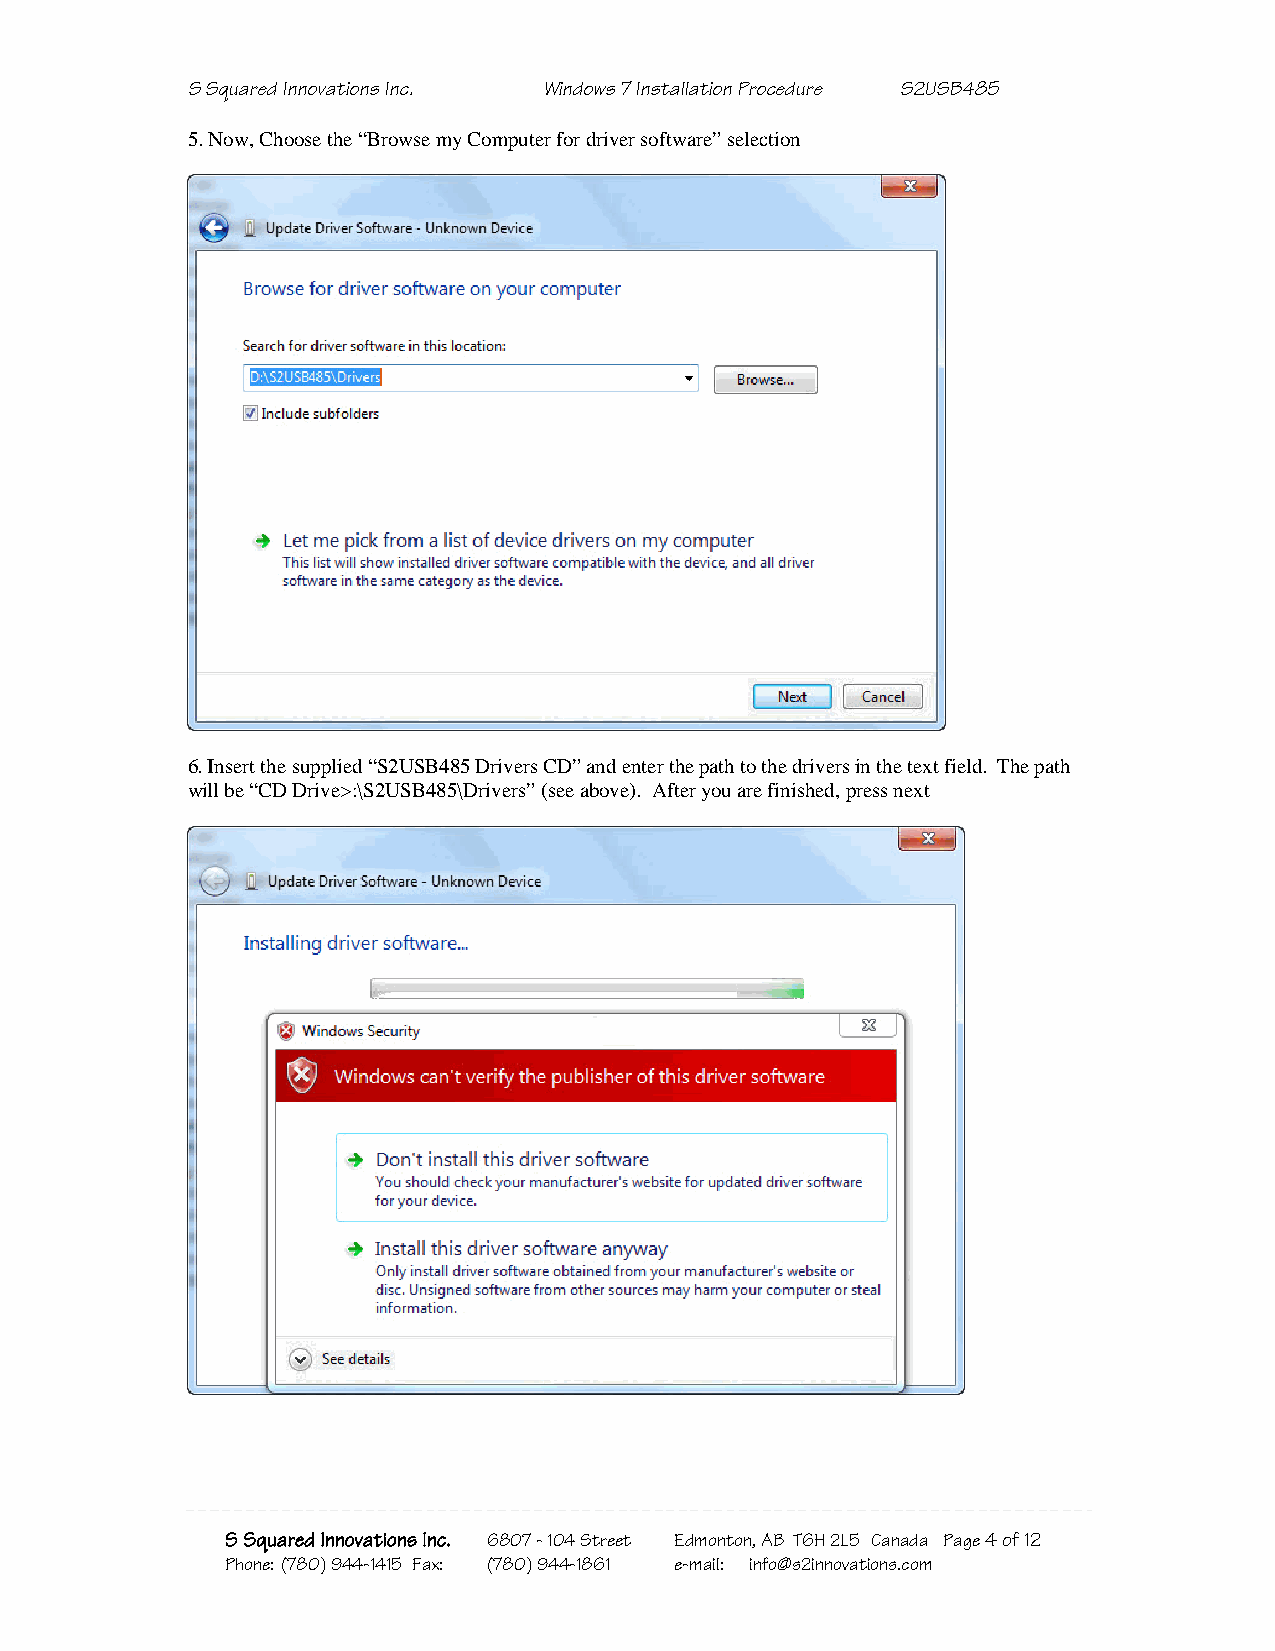
S Squared Innovations Inc. Windows 7 Installation Procedure S2USB485
 5. Now, Choose the “Browse my Computer for driver software” selection
 6. Insert the supplied “S2USB485 Drivers CD” and enter the path to the drivers in the text field. The path
 will be “CD Drive>:\S2USB485\Drivers” (see above). After you are finished, press next
 S Squared Innovations Inc. 6807 - 104 Street Edmonton, AB T6H 2L5 Canada Page 4 of 12
 Phone: (780) 944-1415 Fax: (780) 944-1861 e-mail: info@s2innovations.com